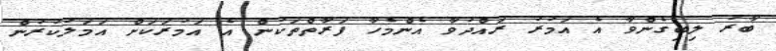
ބާރު ލިބިގެންވާ އެ އަމުރު ރައްދުވާ އެންމެހާ ފަރާތްތަކުން އެ އަމުރަކަށް އަމަލުކުރުން